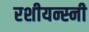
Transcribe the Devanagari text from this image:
रशीयन्स्नी